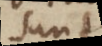
sunt